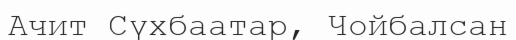
Ачит Сүхбаатар, Чойбалсан